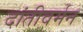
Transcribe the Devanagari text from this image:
दांतीवर्मन